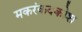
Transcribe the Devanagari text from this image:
मकरंकदकोश